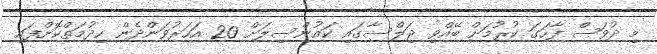
މި ދުވަސް ފާހަގަ ކުރުމަށް ބޭއްވި ޖަލްސާގައި ކައުންސިލަށް 20 އަހަރުވަންދެން ހިދުމަތްކޮށްފައި